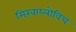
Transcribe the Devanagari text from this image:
मिख़ाय्लोविच